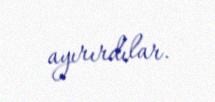
ayırırdılar.